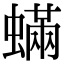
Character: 蟎